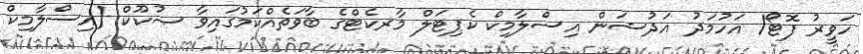
ހަވީރު ފޮޓޯ/ އަހުމަދު އަދުޝަން އިސްލާމިކް ކެޕިޓަލް މާރކެޓްގެ ބާވަތެއްކަމުގައިވާ ޞުކޫކް (އިސްލާމިކް